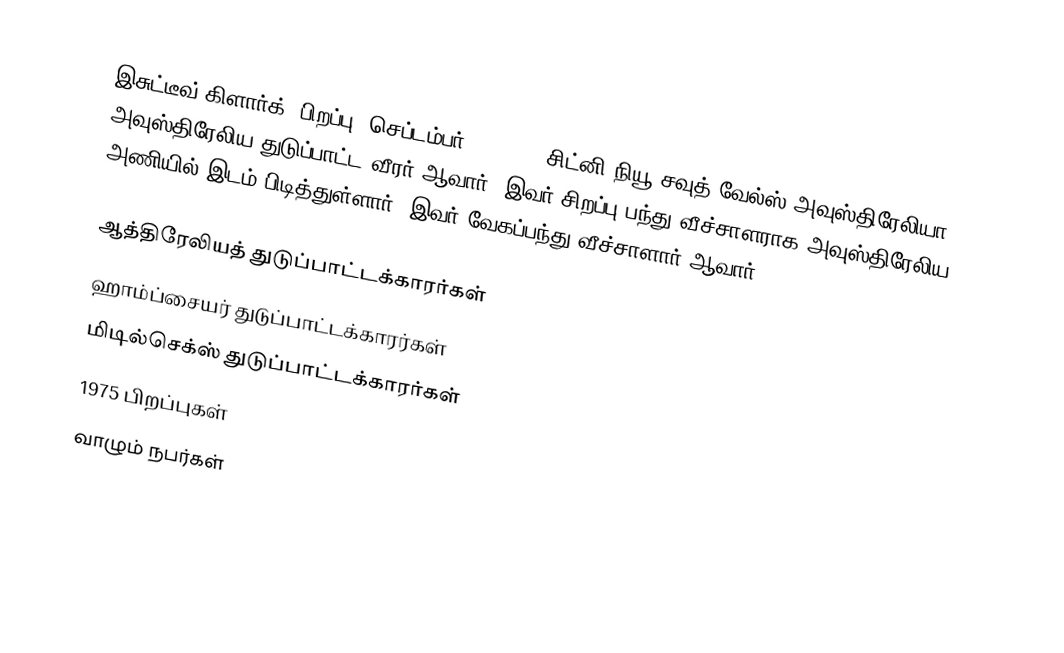
இசுட்டீவ் கிளார்க் (பிறப்பு: செப்டம்பர் 28, 1975 சிட்னி,நியூ சவுத் வேல்ஸ் அவுஸ்திரேலியா) அவுஸ்திரேலிய துடுப்பாட்ட வீரர் ஆவார். இவர் சிறப்பு பந்து வீச்சாளராக அவுஸ்திரேலிய அணியில் இடம் பிடித்துள்ளார். இவர் வேகப்பந்து வீச்சாளார் ஆவார்.

ஆத்திரேலியத் துடுப்பாட்டக்காரர்கள்
ஹாம்ப்சையர் துடுப்பாட்டக்காரர்கள்
மிடில்செக்ஸ் துடுப்பாட்டக்காரர்கள்
1975 பிறப்புகள்
வாழும் நபர்கள்